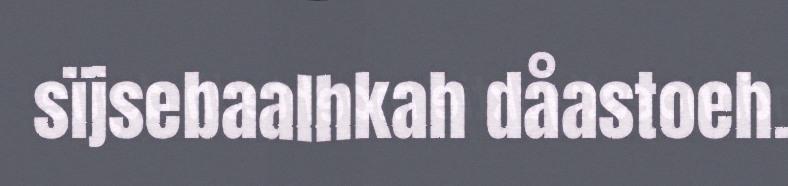
sïjsebaalhkah dåastoeh.